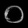
Digit: ၀